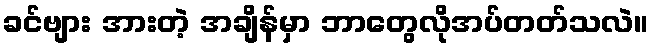
ခင်ဗျား အားတဲ့ အချိန်မှာ ဘာတွေလိုအပ်တတ်သလဲ။